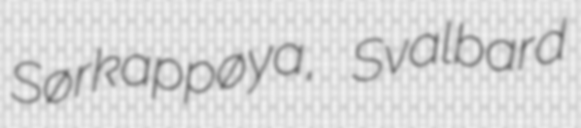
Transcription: Sørkappøya, Svalbard